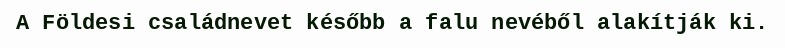
A Földesi családnevet később a falu nevéből alakítják ki.